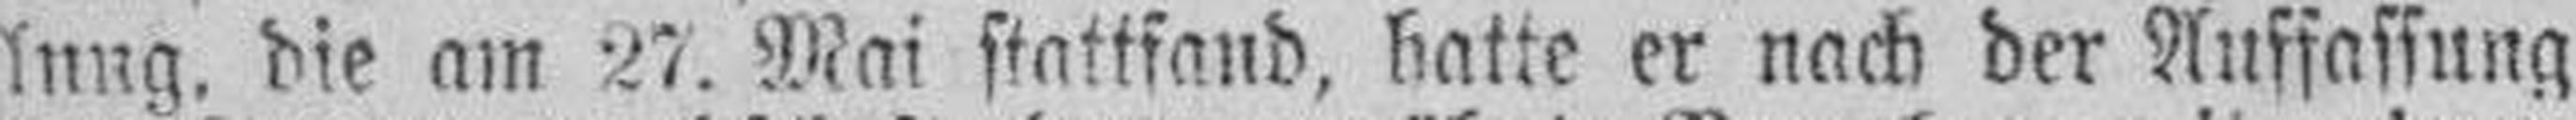
lung, die am 27. Mai stattfand, hatte er nach der Auffassung